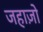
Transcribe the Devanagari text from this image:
जहाज़ो